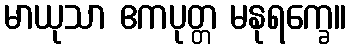
မာယုသာ ဧကပုတ္တ မနုရက္ခေ။